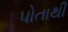
પોતાથી